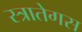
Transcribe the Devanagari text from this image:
स्त्रातेगस